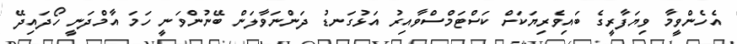
އެހެންވީމާ ވިޔަފާރީގެ ބައިވެރިޔަކަށް ކަސްޓަމްސްވާއިރު އަޅުގަނޑު ދަންނަވާލަން ބޭނުންވަނީ ހަމަ އާމްދަނީ ހޯދައިދޭ